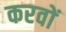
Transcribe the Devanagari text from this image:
करवों